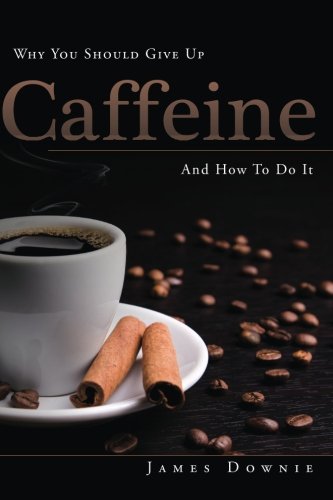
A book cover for Why You Should Give Up Caffeine And How To Do It; James Downie; Health, Fitness & Dieting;